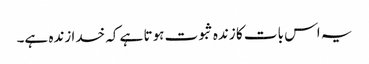
یہ اس بات کا زندہ ثبوت ہوتا ہے کہ خدا زندہ ہے۔